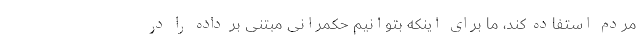
مردم استفاده کند، ما برای اینکه بتوانیم حکمرانی مبتنی بر داده را در